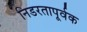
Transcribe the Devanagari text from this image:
निडरतापूर्वक